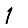
Digit: 1